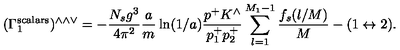
( \Gamma _ { 1 } ^ { \mathrm { s c a l a r s } } ) ^ { \wedge \wedge \vee } = - \frac { N _ { s } g ^ { 3 } } { 4 \pi ^ { 2 } } \frac { a } { m } \ln ( 1 / a ) \frac { p ^ { + } K ^ { \wedge } } { p _ { 1 } ^ { + } p _ { 2 } ^ { + } } \sum _ { l = 1 } ^ { M _ { 1 } - 1 } \frac { f _ { s } ( l / M ) } { M } - ( 1 \leftrightarrow 2 ) .